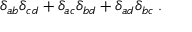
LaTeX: \delta _ { a b } \delta _ { c d } + \delta _ { a c } \delta _ { b d } + \delta _ { a d } \delta _ { b c } \: .